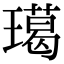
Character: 𤩲